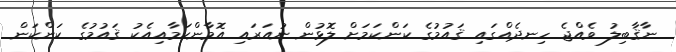
ނާޤާބިލު ވެއްޖެ ހިނދެއްގައި ޤައުމުގެ ކަންކަމަށް ލޮޅުން ނުއަރައި އޮމާންކަމާއިއެކު ޤައުމުގެ ކަންކަން